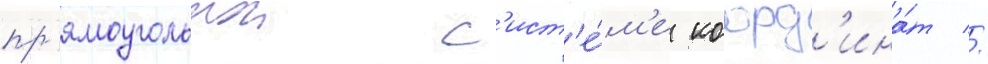
пр'ямоугольнои с'ист'е́м'е коорд'ина́т //